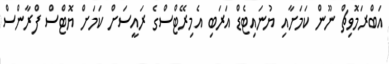
އަބްރަމޮވިޗް ނޫން ކަމަށާއި ޔުނައިޓެޑް އަރަބި އެމިރޭޓްސްގެ ރައީސަށް ކަމަށް ޔޮޓްސް ފްރާންސް